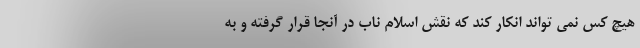
هیچ کس نمی تواند انکار کند که نقش اسلام ناب در آنجا قرار گرفته و به